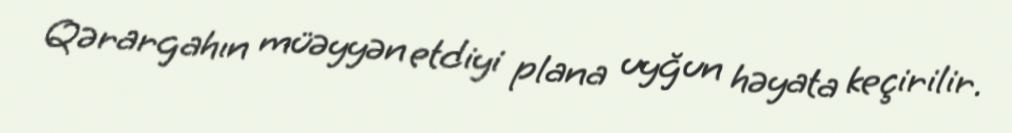
Qərargahın müəyyən etdiyi plana uyğun həyata keçirilir.